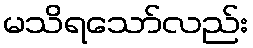
မသိရသော်လည်း